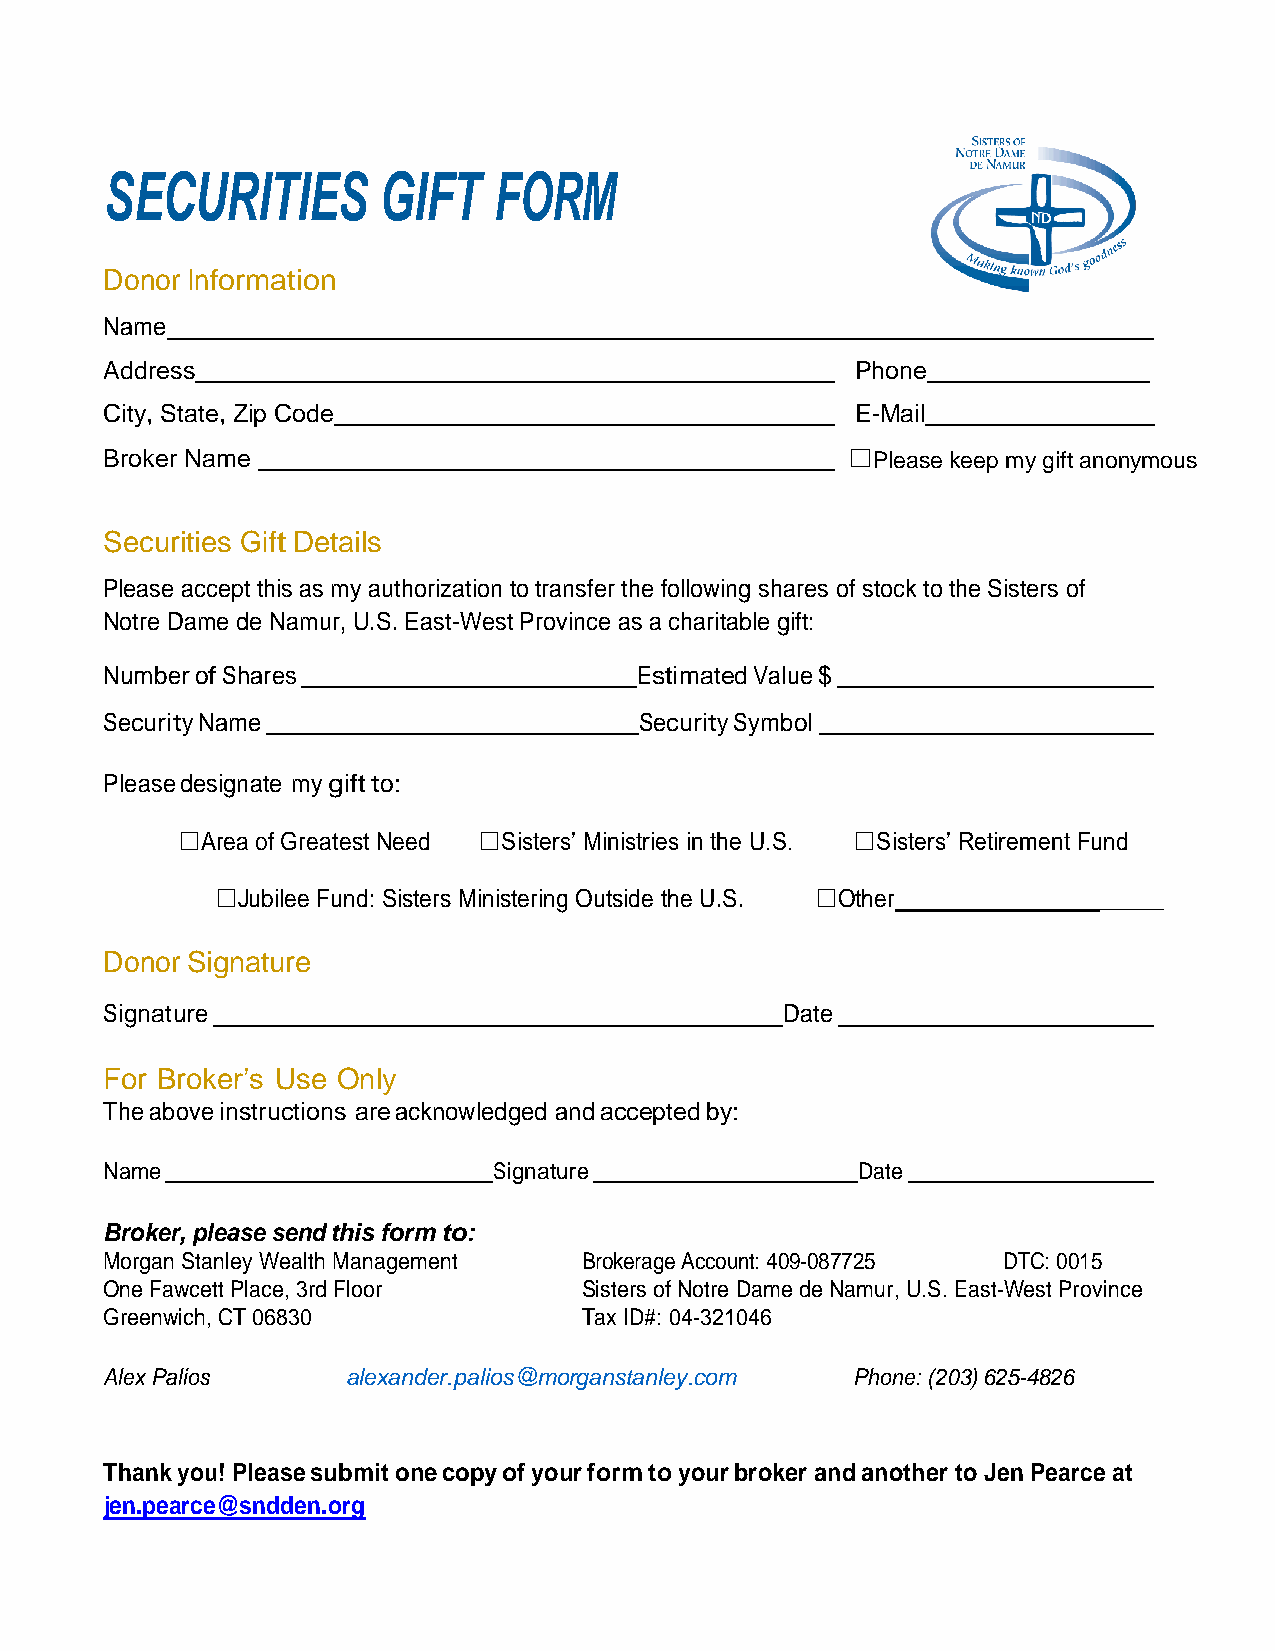
SECURITIES        GIFT    FORM
 Donor Information
 Name
 Address                                           Phone
 City, State, Zip Code                             E-Mail
 Broker Name                                      ☐Please keep my gift anonymous
 Securities Gift Details
 Please accept this as my authorization to transfer the following shares of stock to the Sisters of
 Notre Dame de Namur, U.S. East-West Province as a charitable gift:
 Number of Shares                   Estimated Value $
 Security Name                      Security Symbol
 Please designate my gift to:
 ☐Area of Greatest Need ☐Sisters’ Ministries in the U.S. ☐Sisters’ Retirement Fund
 ☐Jubilee Fund: Sisters Ministering Outside the U.S. ☐Other_____________________
 Donor Signature
 Signature                                    Date
 For Broker’s Use Only
 The above instructions are acknowledged and accepted by:
 Name                      Signature               Date
 Broker, please send this form to:
 Morgan Stanley Wealth Management Brokerage Account: 409-087725 DTC: 0015
 One Fawcett Place, 3rd Floor    Sisters of Notre Dame de Namur, U.S. East-West Province
 Greenwich, CT 06830             Tax ID#: 04-321046
 Westfield, NJ 07090
 Alex Palios     alexander.palios@morganstanley.com Phone: (203) 625-4826
 203 625 4826
 Contact: Stephen Korwi
 Thank you! Please submit one copy of your form to your broker and another to Jen Pearce at
 jen.pearce@sndden.org